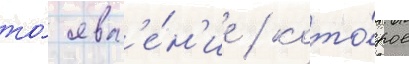
то́ явл'е́н'ие / кото́рое